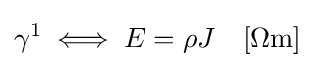
\gamma ^{1}\iff E=\rho J\quad \mathrm {[\Omega m]}